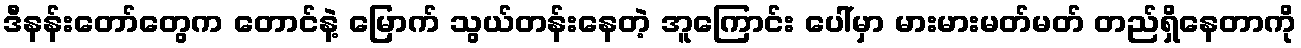
ဒီနန်းတော်တွေက တောင်နဲ့ မြောက် သွယ်တန်းနေတဲ့ အူကြောင်း ပေါ်မှာ မားမားမတ်မတ် တည်ရှိနေတာကို